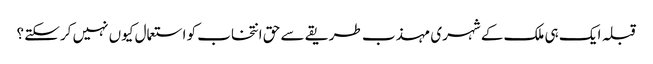
قبلہ ایک ہی ملک کے شہری مہذب طریقے سے حق انتخاب کو استعمال کیوں نہیں کرسکتے ؟